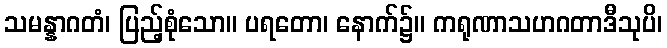
သမန္နာဂတံ၊ ပြည့်စုံသော။ ပရတော၊ နောက်၌။ ကရုဏာသဟဂတာဒီသုပိ၊